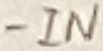
Text: -IN